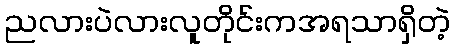
ညလားပဲလားလူတိုင်းကအရသာရှိတဲ့